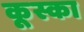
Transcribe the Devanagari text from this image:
कूस्का